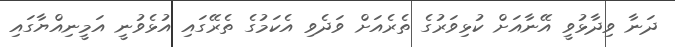
ދަނާ ވިދާޅުވީ އޭނާއަށް ކުޅިވަރުގެ ތެރެއަށް ވަދެވި އެކަމުގެ ތެރޭގައި އުޅެވުނީ އަމީނިއްޔާގައި